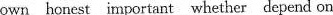
own honest important whether depend on